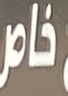
خاص